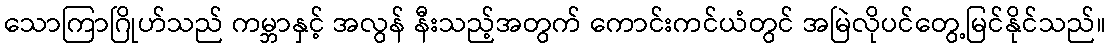
သောကြာဂြိုဟ်သည် ကမ္ဘာနှင့် အလွန် နီးသည့်အတွက် ကောင်းကင်ယံတွင် အမြဲလိုပင်တွေ့မြင်နိုင်သည်။